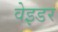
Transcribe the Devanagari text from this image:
वेइडर